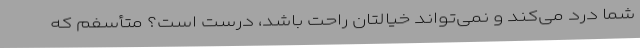
شما درد می‌کند و نمی‌تواند خیالتان راحت باشد، درست است؟ متأسفم که